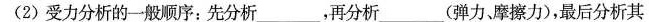
(2)受力分析的一般顺序：先分析___，再分析___(弹力、摩擦力)，最后分析其